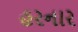
હરનાર